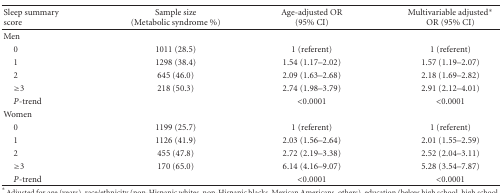
<table><thead><tr><td><b>Sleep summary score</b></td><td><b>Sample size (Metabolic syndrome %)</b></td><td><b>Age-adjusted OR (95% CI)</b></td><td><b>Multivariable adjusted* OR (95% CI)</b></td></tr></thead><tbody><tr><td>Men</td><td></td><td></td><td></td></tr><tr><td> 0</td><td>1011 (28.5)</td><td>1 (referent)</td><td>1 (referent)</td></tr><tr><td> 1</td><td>1298 (38.4)</td><td>1.54 (1.17–2.02)</td><td>1.57 (1.19–2.07)</td></tr><tr><td> 2</td><td>645 (46.0)</td><td>2.09 (1.63–2.68)</td><td>2.18 (1.69–2.82)</td></tr><tr><td> ≥3</td><td>218 (50.3)</td><td>2.74 (1.98–3.79)</td><td>2.91 (2.12–4.01)</td></tr><tr><td> <i>P</i>-trend</td><td></td><td>&lt;0.0001</td><td>&lt;0.0001</td></tr><tr><td>Women</td><td></td><td></td><td></td></tr><tr><td> 0</td><td>1199 (25.7)</td><td>1 (referent)</td><td>1 (referent)</td></tr><tr><td> 1</td><td>1126 (41.9)</td><td>2.03 (1.56–2.64)</td><td>2.01 (1.55–2.59)</td></tr><tr><td> 2</td><td>455 (47.8)</td><td>2.72 (2.19–3.38)</td><td>2.52 (2.04–3.11)</td></tr><tr><td> ≥3</td><td>170 (65.0)</td><td>6.14 (4.16–9.07)</td><td>5.28 (3.54–7.87)</td></tr><tr><td> <i>P</i>-trend</td><td></td><td>&lt;0.0001</td><td>&lt;0.0001</td></tr></tbody></table>